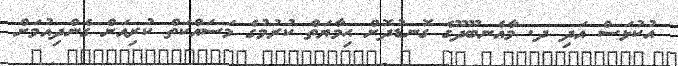
އުކުޅަސް އަދި ދ. މާއެނބޫދޫގެ ގޮނޑުދޮށް ޙިމާޔަތް ކުރުމުގެ މަސައްކަތް ކުރިއަށް ގެންދިއުމަށް